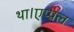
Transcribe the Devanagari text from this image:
था।एप्पल